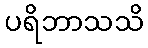
ပရိဘာသသိ